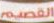
القصيم